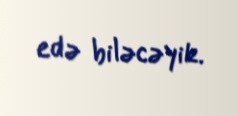
edə biləcəyik.